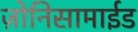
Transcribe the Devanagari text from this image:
ज़ोनिसामाईड